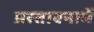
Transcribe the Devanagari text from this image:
प्रस्‍तावनामें